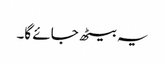
یہ بیٹھ جائے گا۔